Subject: stat
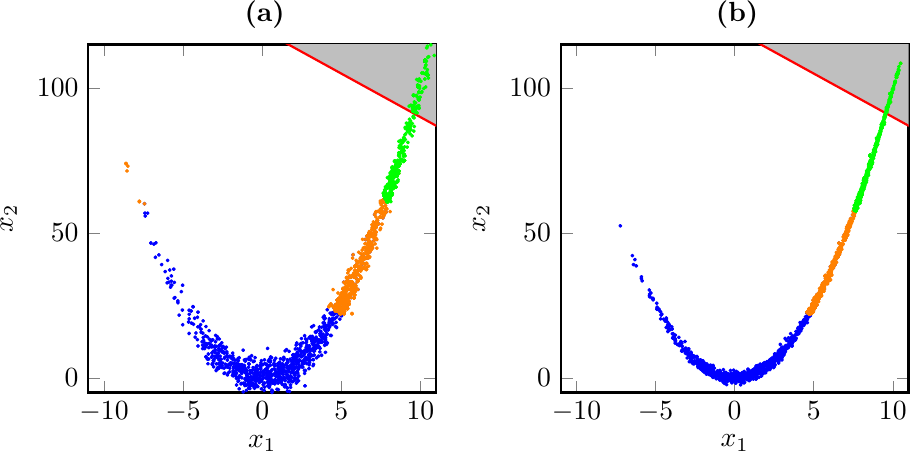
LaTeX code:
     \begin{tikzpicture}
        \node[anchor=mid] at (-2.4,6.){\textbf{(a)}};
        \node at (-3.,3){\includegraphics{6222_figs_rosenbrock_k1_HNN_subset_samples.pdf}};
        \node[anchor=mid] at (3.6,6.){\textbf{(b)}};
        \node at (3.,3){\includegraphics{6223_figs_rosenbrock_k10_HNN_subset_samples.pdf}};
     \end{tikzpicture}